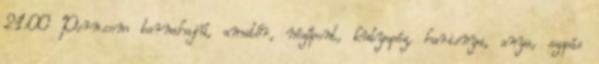
21:00 Porn.com barnahajú, amatőr, nézőpont, kutyapóz, harisnya, anya, szopás